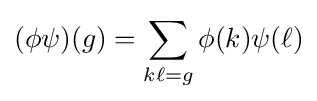
(\phi \psi )(g)=\sum _{k\ell =g}\phi (k)\psi (\ell )